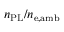
n _ { \mathrm { P L } } / n _ { \mathrm { e , a m b } }